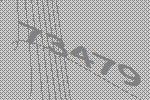
73479